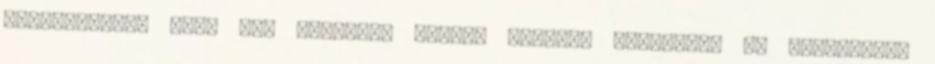
visszamérünk egy, már korábban lemért pontra. Free-air- és szélességi